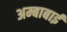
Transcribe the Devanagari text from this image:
अम्बाबाई